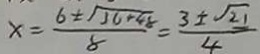
x = \frac { 6 \pm \sqrt { 3 6 + 4 8 } } { 8 } = \frac { 3 \pm \sqrt { 2 1 } } { 4 }